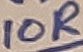
Text: 10R